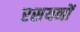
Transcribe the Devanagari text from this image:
रसयनों